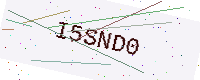
Text: I5SND0